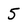
Character: 5